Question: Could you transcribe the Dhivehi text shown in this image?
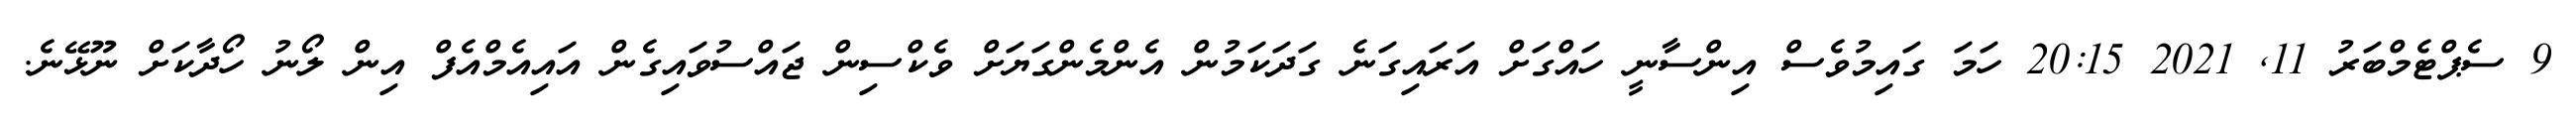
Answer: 9 ސެޕްޓެމްބަރު 11, 2021 20:15 ހަމަ ގައިމުވެސް އިންސާނީ ހައްގަށް އަރައިގަނެ ގަދަކަމުން އެންމެންގަޔަށް ވެކްސިން ޖައްސުވައިގެން އައިއެމްއެފް އިން ލޯނު ހޯދާކަށް ނޫޅޭނެ.